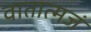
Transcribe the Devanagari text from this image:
वातात्मजं